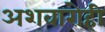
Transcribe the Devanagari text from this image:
अशवारोही